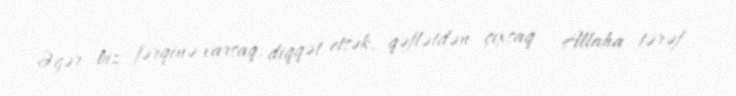
Əgər biz fərqinə varsaq, diqqət etsək, qəflətdən çıxsaq - Allaha tərəf